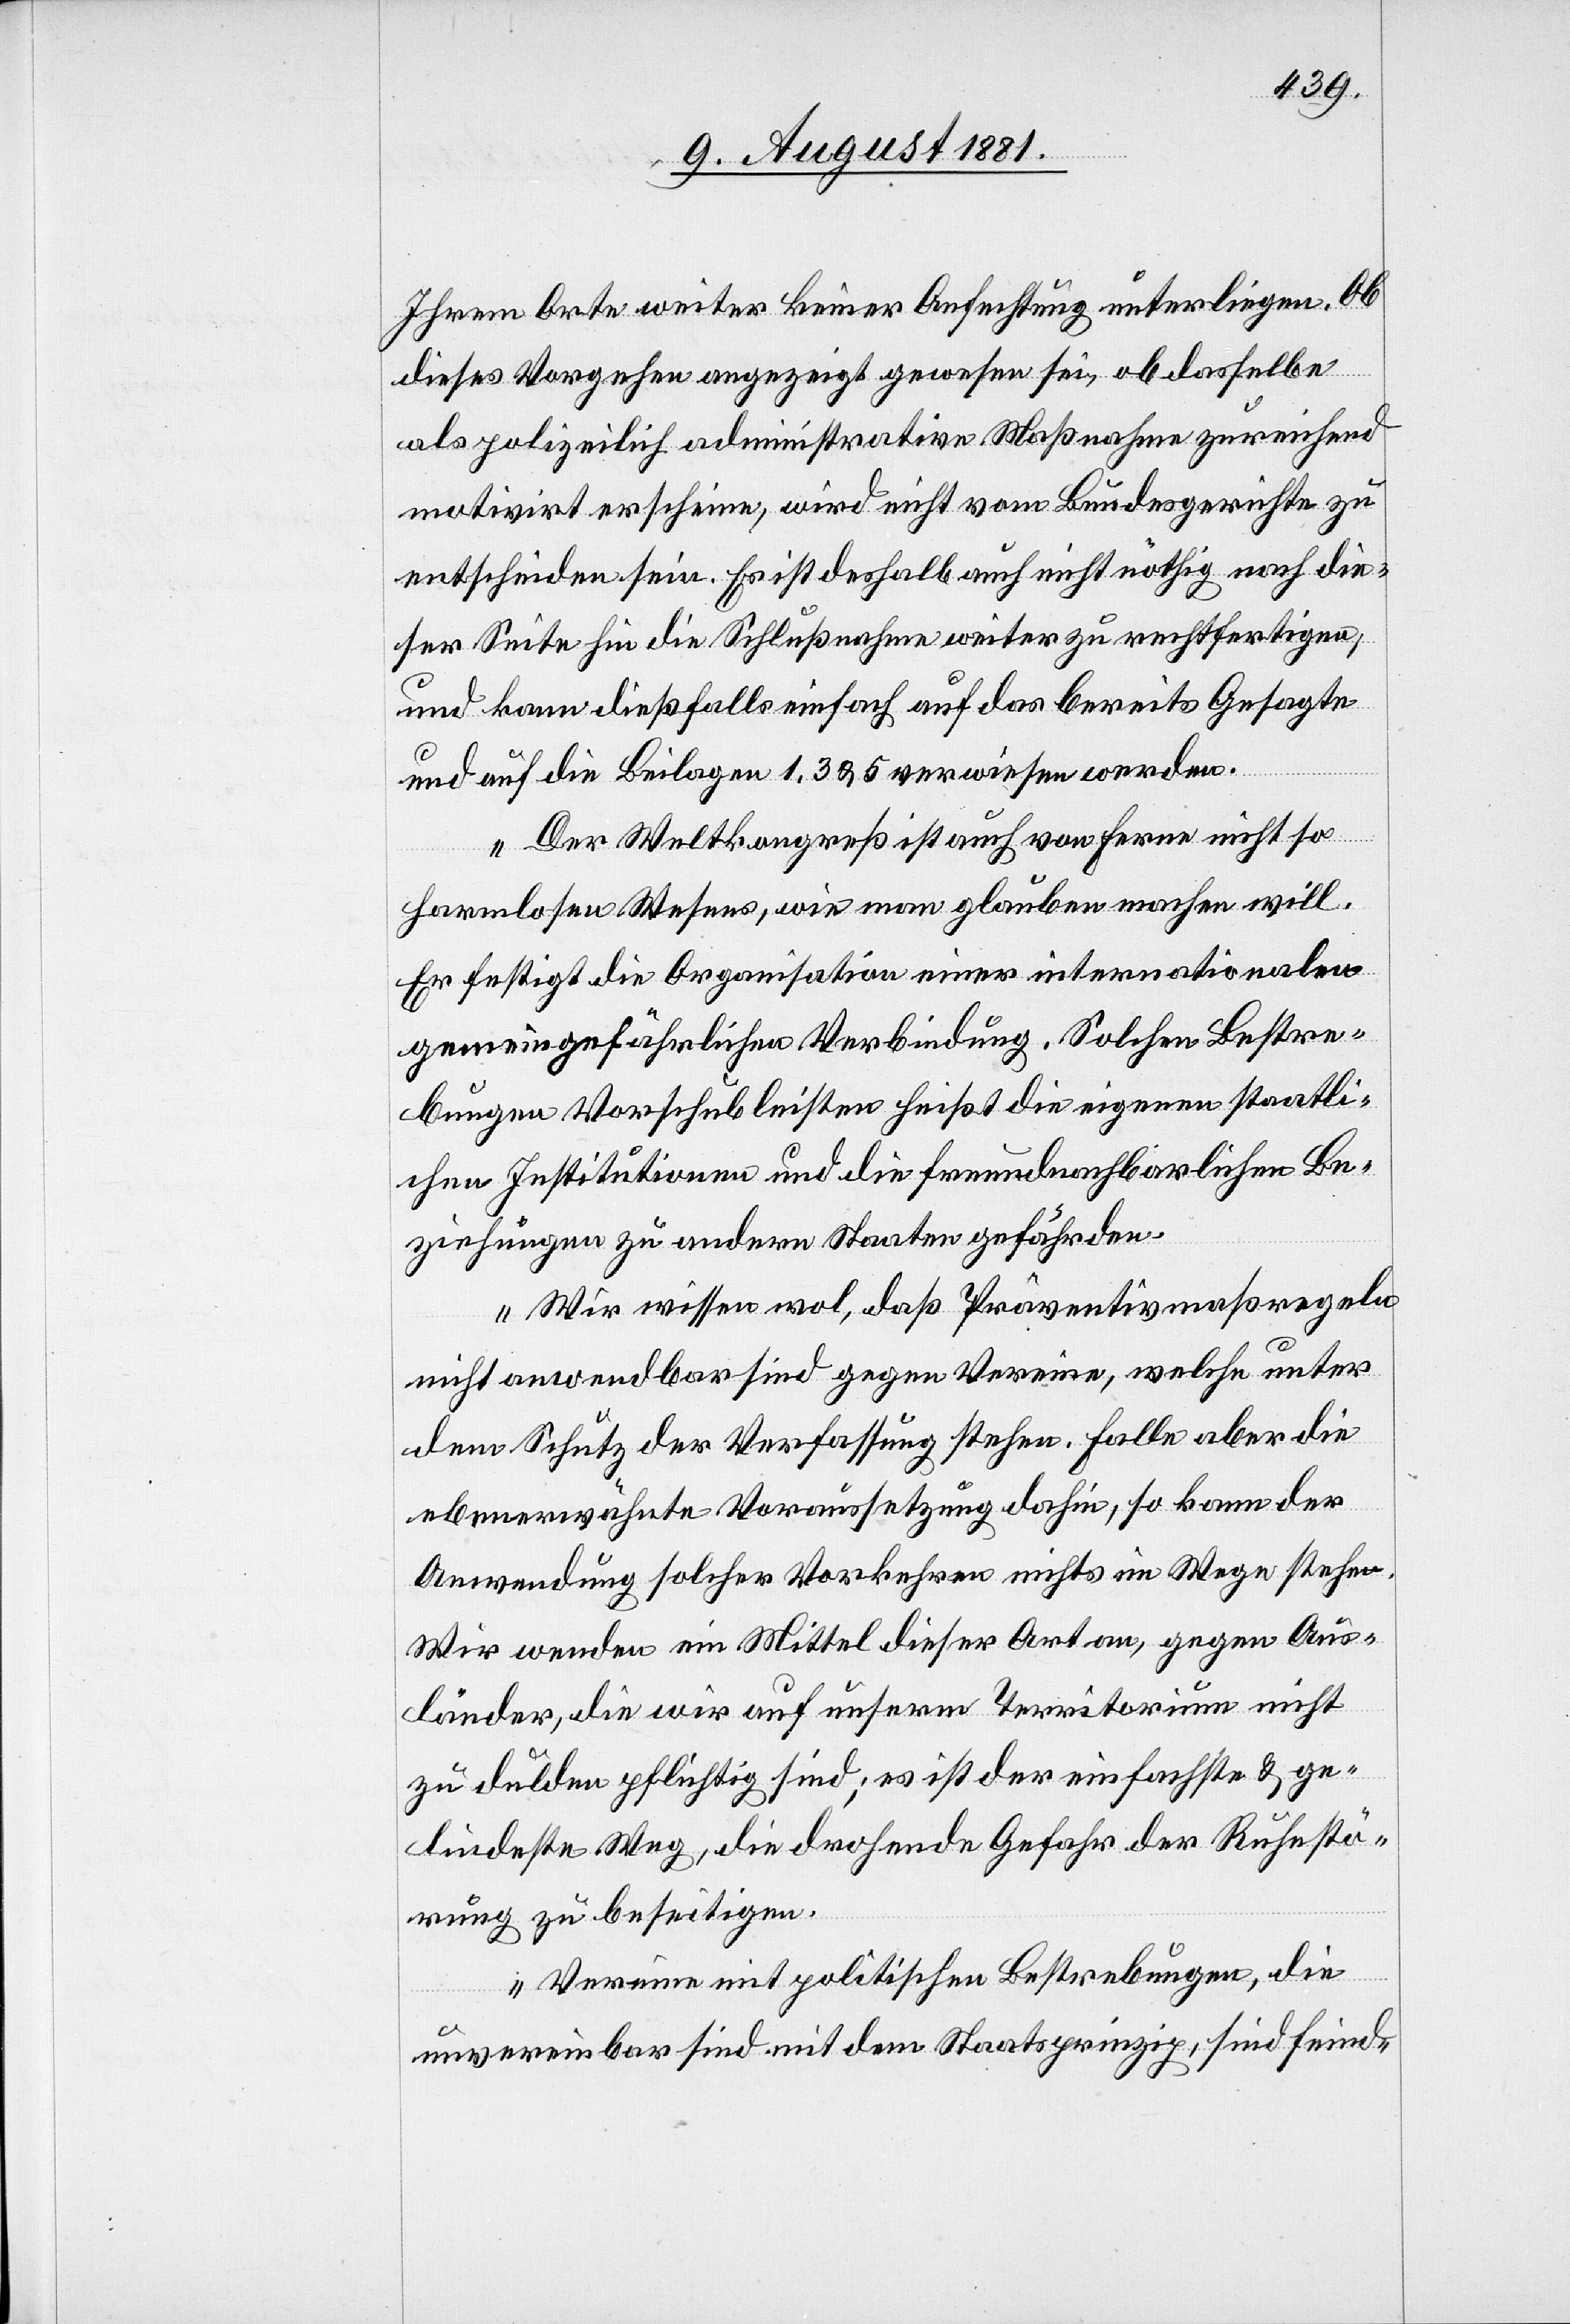
Ihrem Orte weiter keiner Anfechtung unterliegen. Ob
dieses Vorgehen angezeigt gewesen sei, ob dasselbe
als polizeilich administrative Maßnahme zureichend
motiviert erscheine, wird nicht vom Bundesgerichte zu
entscheiden sein. Es ist deshalb auch nicht nöthig nach die¬
ser Seite hin die Schlußnahme weiter zu rechtfertigen,
und kann dießfalls einfach auf das bereits Gesagte
und auf die Beilage 1, 3 & 5 verwiesen werden.
Der Weltkongreß ist auch von Ferne nicht so
harmlosen Wesens, wie man glauben machen will.
Er festigt die Organisation einer internationalen
gemeingefährlichen Verbindung. Solchen Bestre¬
bungen Vorschub leisten heißt die eigenen staatli¬
chen Institutionen und die freundnachbarlichen Be¬
ziehungen zu andern Staaten gefährden.
Wir wissen wol, daß Präventivmaßregeln
nicht anwendbar sind gegen Vereine, welche unter
dem Schutz der Verfassung stehen, falle aber die
ebenerwähnte Voraussetzung dahin, so kann der
Anwendung solcher Vorkehren nichts im Wege stehen.
Wir wenden ein Mittel dieser Art an, gegen Aus¬
länder, die wir auf unserm Territorium nicht
zu dulden pflichtig sind; es ist der einfachste & ge¬
lindeste Weg, die drohende Gefahr der Ruhestö¬
rung zu beseitigen.
Vereine mit politischen Bestrebungen, die
unvereinbar sind mit dem Staatsprinzip, sind feind-